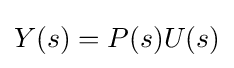
Y(s)=P(s)U(s)